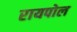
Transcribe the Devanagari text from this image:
रायपोल